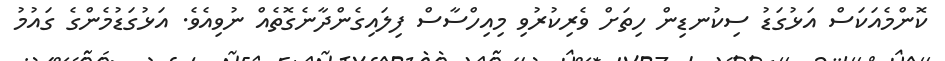
ކޮންމެއަކަސް އަޅުގަޑު ސިކުނޑިން ހިތަށް ވެރިކުރުވި މިއިހްސާސް ފިލައިގެންދާނެގޮތެއް ނުވިއެވެ. އަޅުގަޑުމެންގެ ގައުމު